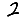
Digit: 2